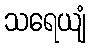
သရေယျံ